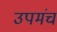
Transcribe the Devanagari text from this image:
उपमंच